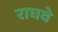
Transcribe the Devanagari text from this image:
राघवे